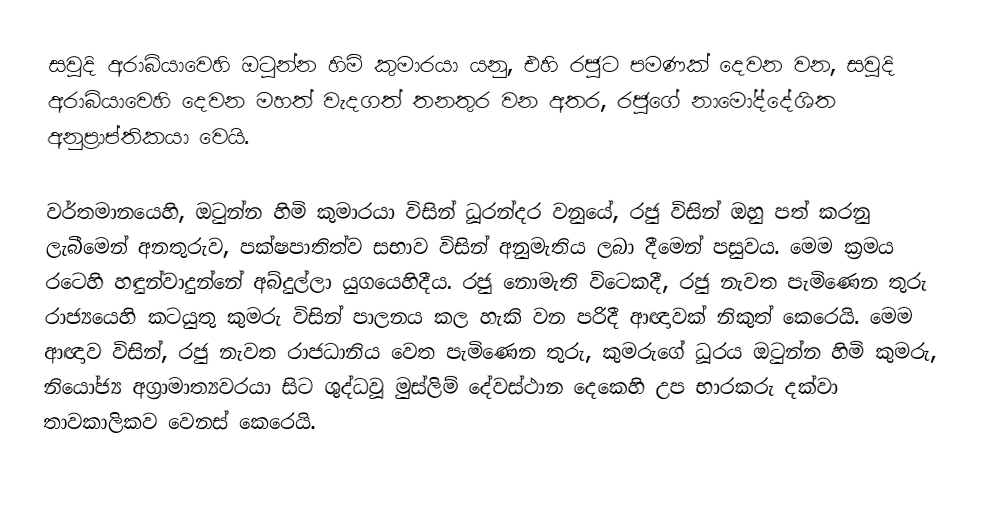
සවුදි අරාබියාවෙහි ඔටුන්න හිමි කුමාරයා යනු,  එහි රජුට පමණක් දෙවන වන, සවුදි අරාබියාවෙහි දෙවන මහත් වැදගත් තනතුර වන අතර, රජුගේ නාමෝද්දේශිත අනුප්‍රාප්තිකයා වෙයි.

වර්තමානයෙහි, ඔටුන්න හිමි කුමාරයා  විසින් ධූරන්දර වනුයේ, රජු විසින් ඔහු පත් කරනු ලැබීමෙන් අනතුරුව, පක්ෂපාතිත්ව සභාව විසින් අනුමැතිය ලබා දීමෙන් පසුවය. මෙම ක්‍රමය රටෙහි හඳුන්වාදුන්නේ  අබ්දුල්ලා යුගයෙහිදීය. රජු නොමැති විටෙකදී, රජු නැවත පැමිණෙන තුරු රාජ්‍යයෙහි කටයුතු කුමරු විසින් පාලනය කල හැකි වන පරිදී ආඥාවක් නිකුත් කෙරෙයි. මෙම ආඥාව විසින්, රජු නැවත රාජධානිය වෙත පැමිණෙන තුරු,  කුමරුගේ ධූරය ඔටුන්න හිමි කුමරු, නියෝජ්‍ය අග්‍රාමාත්‍යවරයා සිට  ශුද්ධවූ මුස්ලිම් දේවස්ථාන දෙකෙහි උප භාරකරු දක්වා තාවකාලිකව  වෙනස් කෙරෙයි.